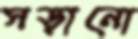
সড়ানো